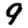
Digit: 9